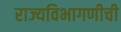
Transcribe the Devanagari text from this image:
राज्यविभागणीची